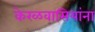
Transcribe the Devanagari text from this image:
केरळवासियांना